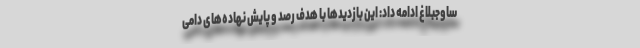
ساوجبلاغ ادامه داد: این بازدیدها با هدف رصد و پایش نهاده‌های دامی